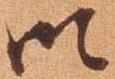
御